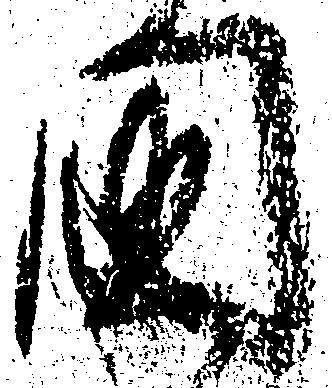
国